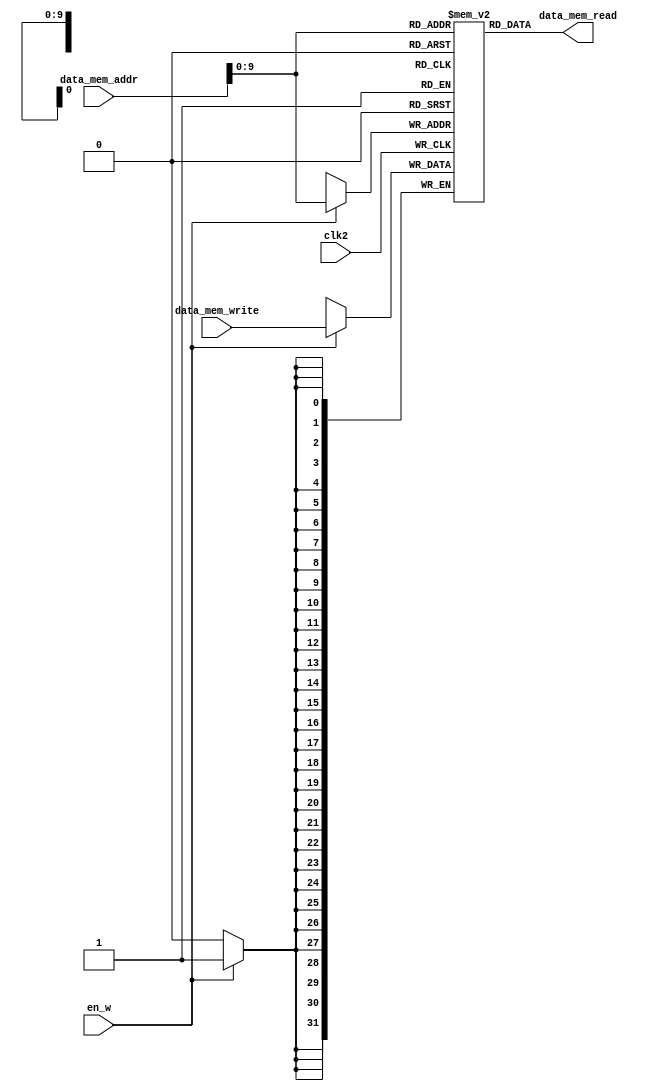
module DATA_MEM(clk2,en_w,data_mem_addr,data_mem_read,data_mem_write);
input en_w,clk2;
input [31:0] data_mem_addr,data_mem_write;
output [31:0] data_mem_read;
reg [31:0] DATA_MEM [0:1023];
assign data_mem_read =DATA_MEM[data_mem_addr];


 integer i;
    initial begin
        for(i = 0; i <=1023; i = i + 1) begin
			DATA_MEM[i] = 0;
		end
    end
	 


always @(negedge clk2)
begin
if(en_w)
DATA_MEM[data_mem_addr]=data_mem_write;
end
endmodule